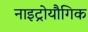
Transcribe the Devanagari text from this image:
नाइट्रोयौगिक